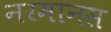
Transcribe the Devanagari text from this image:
नरमानस